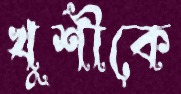
খুশীকে